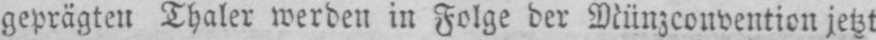
geprägten Thaler werden in Folge der Münzconvention jetzt